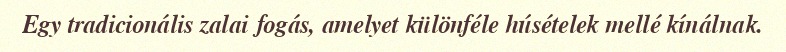
Egy tradicionális zalai fogás, amelyet különféle húsételek mellé kínálnak.